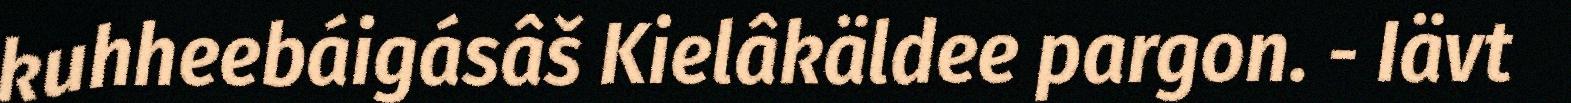
kuhheebáigásâš Kielâkäldee pargon. - Iävt